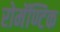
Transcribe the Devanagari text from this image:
रोमॅण्टिक